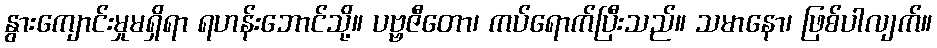
နွားကျောင်းမှုမရှိရာ ရဟန်းဘောင်သို့။ ပဗ္ဗဇီတော၊ ကပ်ရောက်ပြီးသည်။ သမာနော၊ ဖြစ်ပါလျက်။